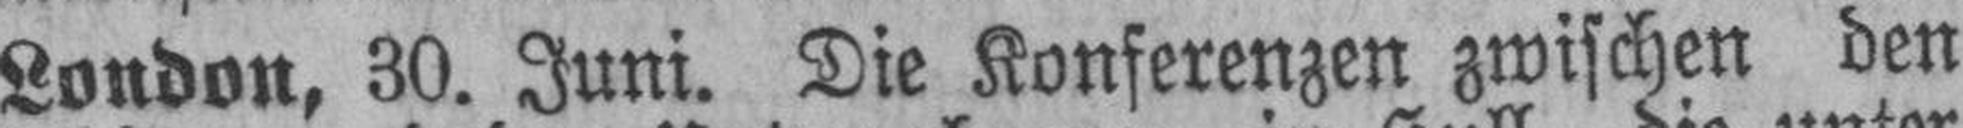
London, 30. Juni. Die Konferenzen zwischen den